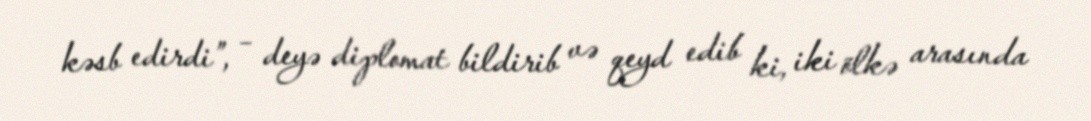
kəsb edirdi”, – deyə diplomat bildirib və qeyd edib ki, iki ölkə arasında